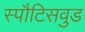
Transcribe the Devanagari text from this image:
स्पौटिसवुड